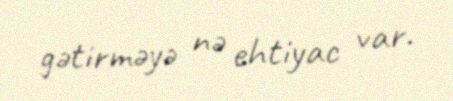
gətirməyə nə ehtiyac var.